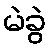
မဲခွဲ